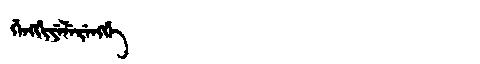
Manchu: ᡤᡝᠩᡤᡳᠶᡝᠯᡝᡵᡝᠩᡤᡝ
Romanization: GENGGIYELERENGGE